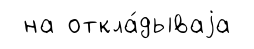
на откла́дываjа